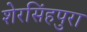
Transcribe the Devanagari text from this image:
शेरसिंहपुरा